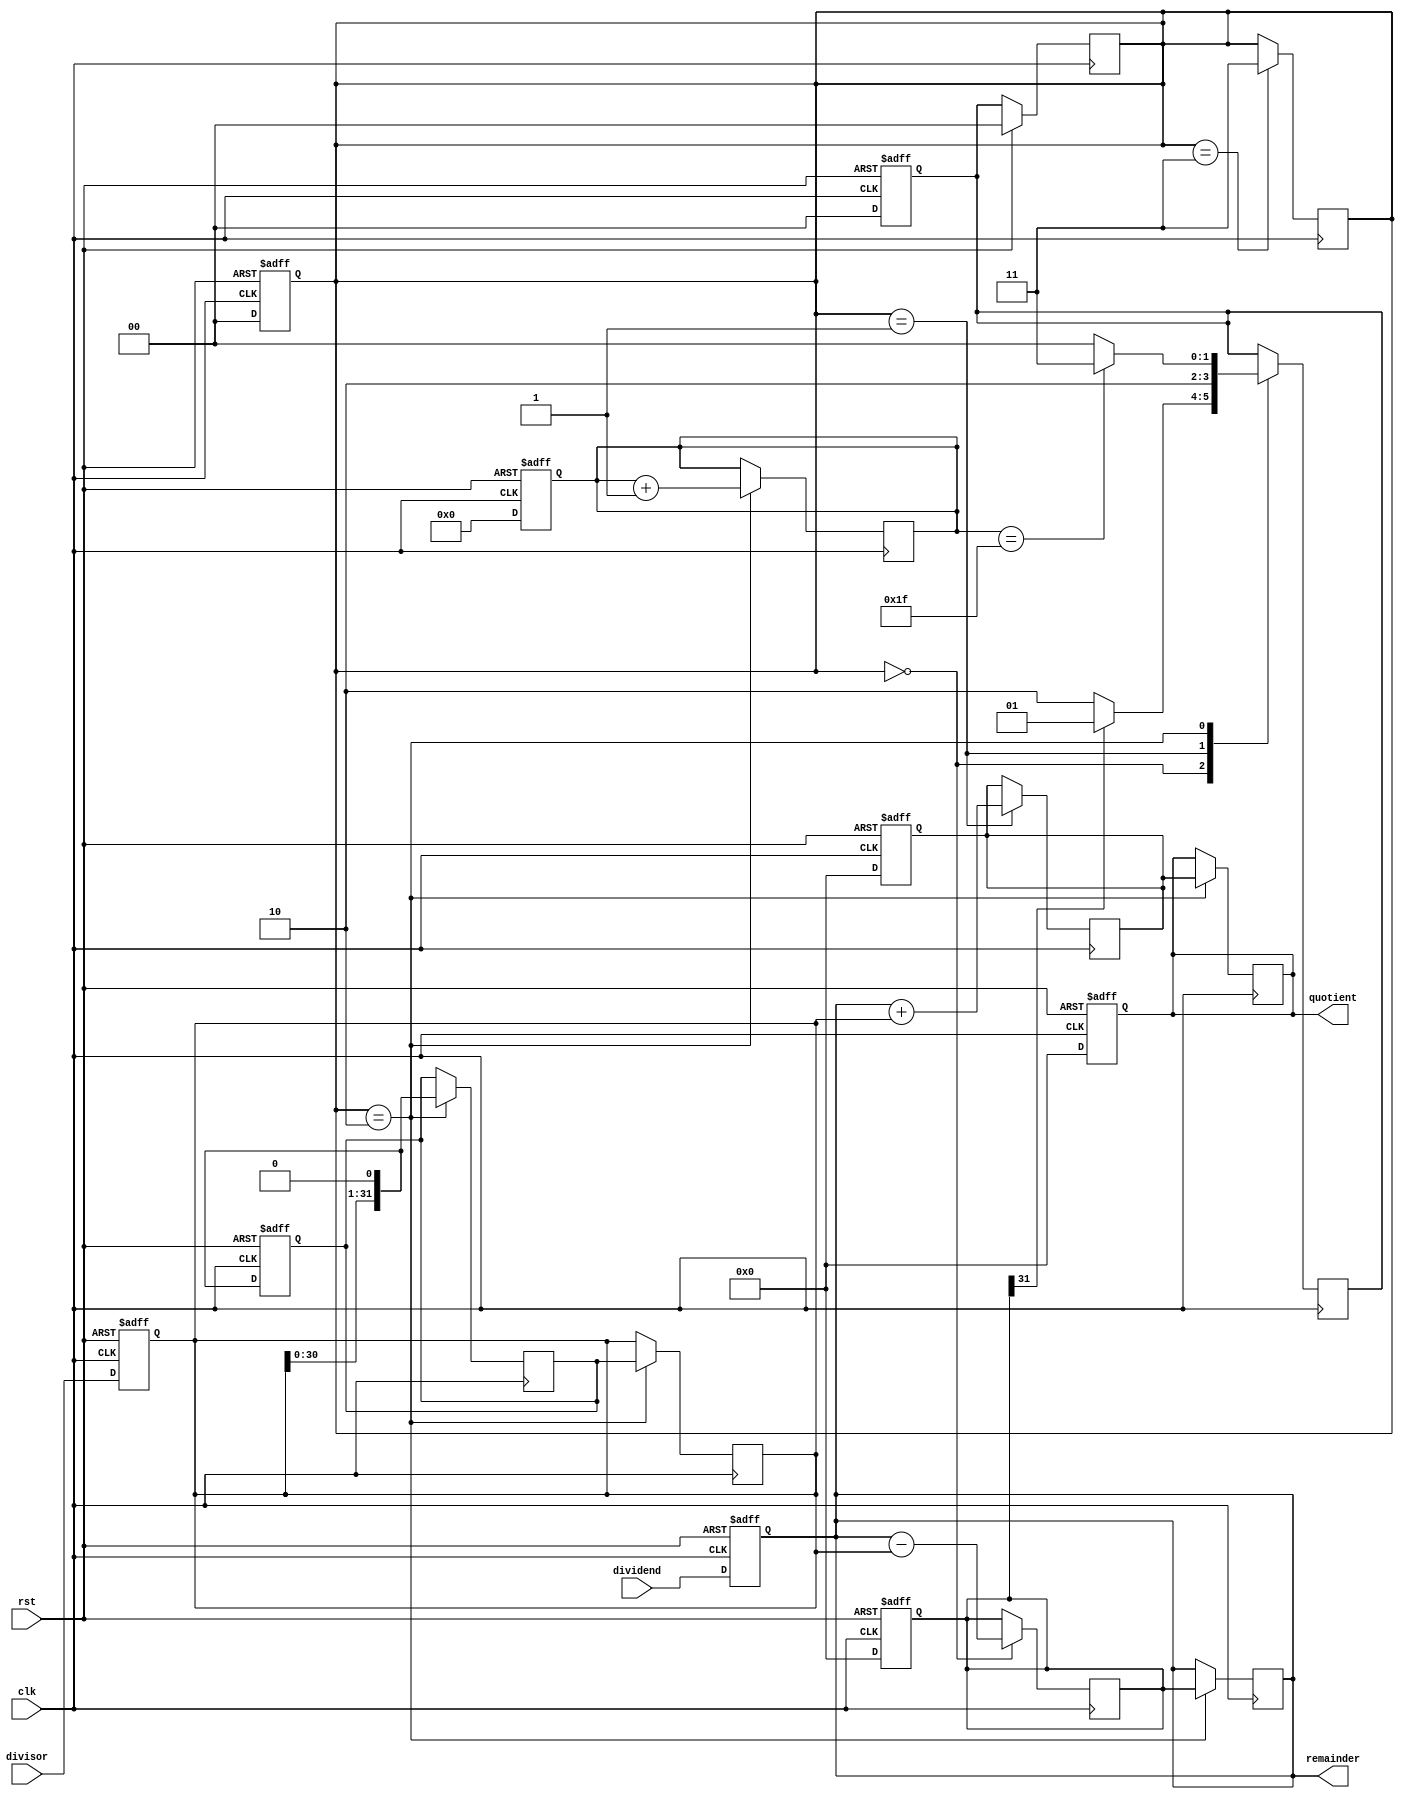
module non_restoring_divider(
    input wire clk,
    input wire rst,
    input wire [31:0] dividend,
    input wire [31:0] divisor,
    output reg [31:0] quotient,
    output reg [31:0] remainder
);

reg [31:0] divisor_reg;
reg [31:0] quotient_reg;
reg [31:0] remainder_reg;
reg [31:0] subtraction_result;
wire [31:0] adder_input;
wire [31:0] shifted_divisor;
wire [31:0] shifted_remainder;
reg [4:0] iteration_count;
reg [1:0] state;
reg [1:0] next_state;

always@(posedge clk or posedge rst) begin
    if (rst) begin
        divisor_reg <= 0;
        quotient_reg <= 0;
        remainder_reg <= 0;
        subtraction_result <= 0;
        adder_input <= 0;
        shifted_divisor <= 0;
        shifted_remainder <= 0;
        iteration_count <= 0;
        state <= 0;
        next_state <= 0;
    end else begin
        divisor_reg <= divisor;
        quotient_reg <= 0;
        remainder_reg <= dividend;
        subtraction_result <= 0;
        adder_input <= 0;
        shifted_divisor <= divisor_reg << 1;
        shifted_remainder <= {remainder_reg, 1'b0};
        iteration_count <= 0;
        state <= 0;
        next_state <= 0;
    end
end

always@(posedge clk) begin
    case(state)
        0: begin
            subtraction_result <= remainder_reg - divisor_reg;
            next_state <= subtraction_result[31] ? 1 : 2;
        end
        1: begin
            adder_input <= remainder_reg + divisor_reg;
            next_state <= 2;
        end
        2: begin
            quotient_reg <= adder_input;
            remainder_reg <= subtraction_result;
            divisor_reg <= shifted_divisor;
            shifted_divisor <= divisor_reg << 1;
            shifted_remainder <= {remainder_reg, 1'b0};
            iteration_count <= iteration_count + 1;
            if (iteration_count == 31)
                next_state <= 3;
            else
                next_state <= 0;
        end
        3: begin
            state <= 3;
        end
    endcase
end

always@(posedge clk) begin
    if (rst)
        state <= 0;
    else
        state <= next_state;
end

assign quotient = quotient_reg;
assign remainder = remainder_reg;

endmodule